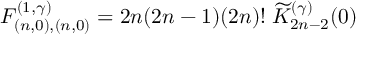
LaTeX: F _ { ( n , 0 ) , ( n , 0 ) } ^ { ( 1 , \gamma ) } = 2 n ( 2 n - 1 ) ( 2 n ) ! \; \widetilde { K } _ { 2 n - 2 } ^ { ( \gamma ) } ( 0 )